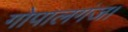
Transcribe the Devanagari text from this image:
गोपालगंज।